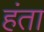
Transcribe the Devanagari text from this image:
हंता